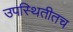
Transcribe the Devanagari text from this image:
उपस्थितीतच